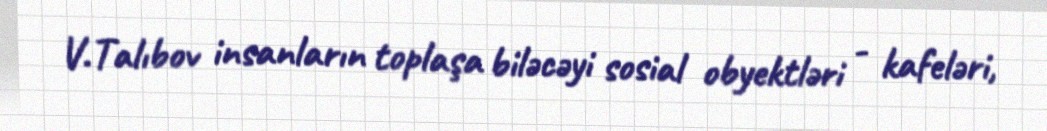
V.Talıbov insanların toplaşa biləcəyi sosial obyektləri - kafeləri,